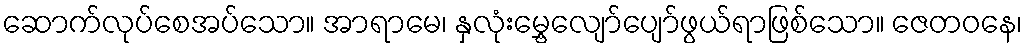
ဆောက်လုပ်စေအပ်သော။ အာရာမေ၊ နှလုံးမွှေ့လျော်ပျော်ဖွယ်ရာဖြစ်သော။ ဇေတဝနေ၊